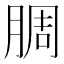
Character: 𬛅